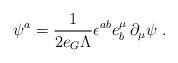
LaTeX: \begin{align*}\psi^a =\frac{1}{2 e_G \Lambda} \epsilon^{ab} e^\mu_b \, \partial_\mu \psi\; .\end{align*}